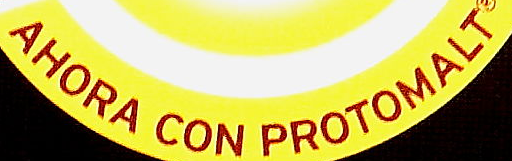
AHORA CON PROTOMALT